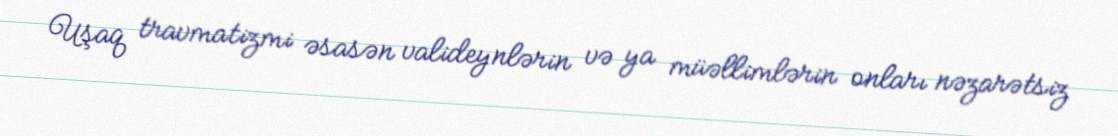
Uşaq travmatizmi əsasən valideynlərin və ya müəllimlərin onları nəzarətsiz